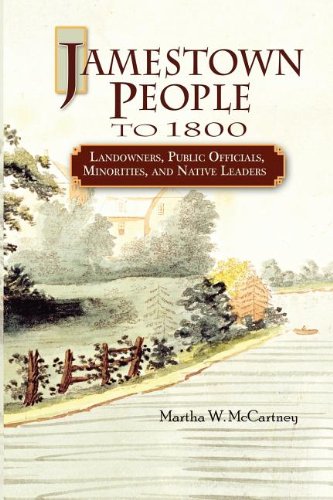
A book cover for Jamestown People to 1800: Landowners, Public Officials, Minorities, and Native Leaders; Martha W. McCartney; Biographies & Memoirs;